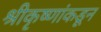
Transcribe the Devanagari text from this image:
श्रीकृष्णांकडून